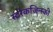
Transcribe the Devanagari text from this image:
स्टरेकजिन्स्की